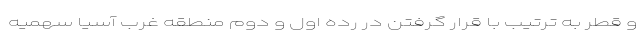
و قطر به ترتیب با قرار گرفتن در رده اول و دوم منطقه غرب آسیا سهمیه